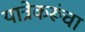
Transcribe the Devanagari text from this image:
यात्रेकरूंचा